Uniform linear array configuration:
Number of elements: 48
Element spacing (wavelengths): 0.25
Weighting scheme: binomial
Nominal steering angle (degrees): -60
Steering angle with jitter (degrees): -61.208
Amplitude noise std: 0.05
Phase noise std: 0.05

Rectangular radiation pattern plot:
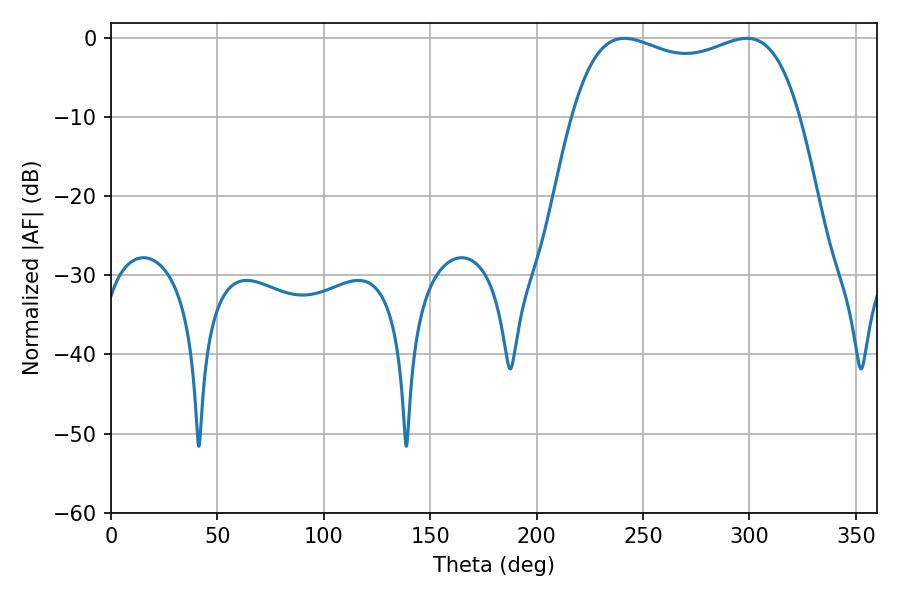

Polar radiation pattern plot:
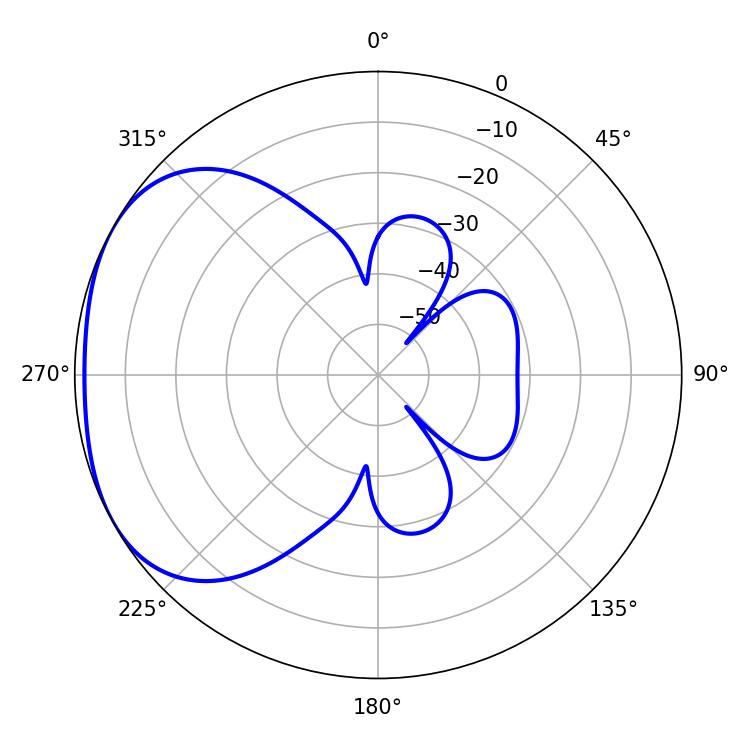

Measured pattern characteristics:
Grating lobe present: FALSE
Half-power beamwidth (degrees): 87.48
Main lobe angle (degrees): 241.2